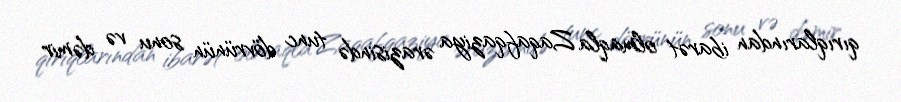
qırıqlarından ibarət olmaqla Zaqafqaziya ərazisində tunc dövrünün sonu və dəmir